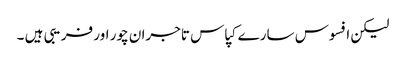
لیکن افسوس سارے کپاس تاجران چور اور فریبی ہیں ۔